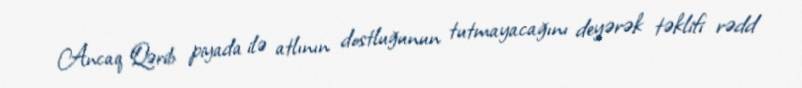
Ancaq Qərib piyada ilə atlının dostluğunun tutmayacağını deyərək təklifi rədd